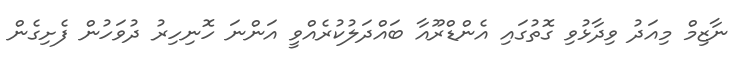
ނާޒިމް މިއަދު ވިދާޅުވި ގޮތުގައި އެންޑްރޫއާ ބައްދަލުކުރެއްވީ އަންނަ ހޮނިހިރު ދުވަހުން ފެށިގެން